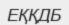
ЕҚҚДБ